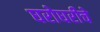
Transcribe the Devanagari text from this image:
घरोघरीचे